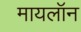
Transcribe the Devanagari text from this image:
मायलॉन